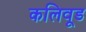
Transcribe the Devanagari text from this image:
कलिवूड